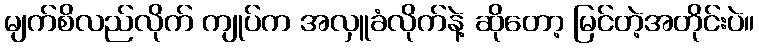
မျက်စိလည်လိုက် ကျုပ်က အလှူခံလိုက်နဲ့ ဆိုတော့ မြင်တဲ့အတိုင်းပဲ။